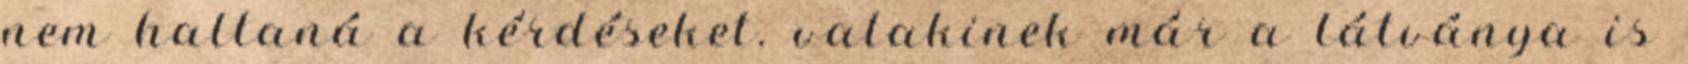
nem hallaná a kérdéseket. valakinek már a látványa is